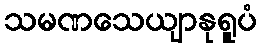
သမဏသေယျာနုရူပံ